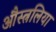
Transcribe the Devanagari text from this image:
औस्त्रलिया